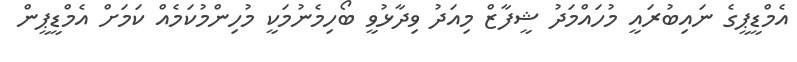
އެމްޑީޕީގެ ނައިބުރައީ މުހައްމަދު ޝީފާޒް މިއަދު ވިދާޅުވީ ބޯހިމެނުމަކީ މުހިންމުކަމެއް ކަމަށް އެމްޑީޕީން